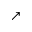
\nearrow